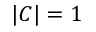
| C | = 1